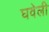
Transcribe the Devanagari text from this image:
घवेली